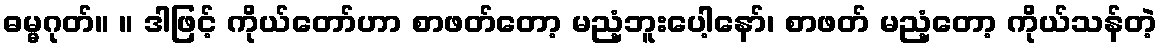
ဓမ္မဂုတ်။ ။ ဒါဖြင့် ကိုယ်တော်ဟာ စာဖတ်တော့ မညံ့ဘူးပေါ့နော်၊ စာဖတ် မညံ့တော့ ကိုယ်သန်တဲ့